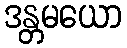
ဒန္တမယော